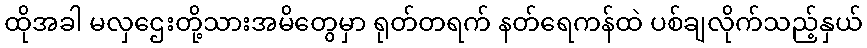
ထိုအခါ မလှဌေးတို့သားအမိတွေမှာ ရုတ်တရက် နတ်ရေကန်ထဲ ပစ်ချလိုက်သည့်နှယ်